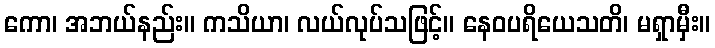
ကော၊ အဘယ်နည်း။ ကသိယာ၊ လယ်လုပ်သဖြင့်။ နေဝပရိယေသတိ၊ မရှာမှီး။